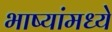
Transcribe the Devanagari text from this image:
भाष्यांमध्ये